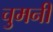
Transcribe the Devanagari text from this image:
चुमनी